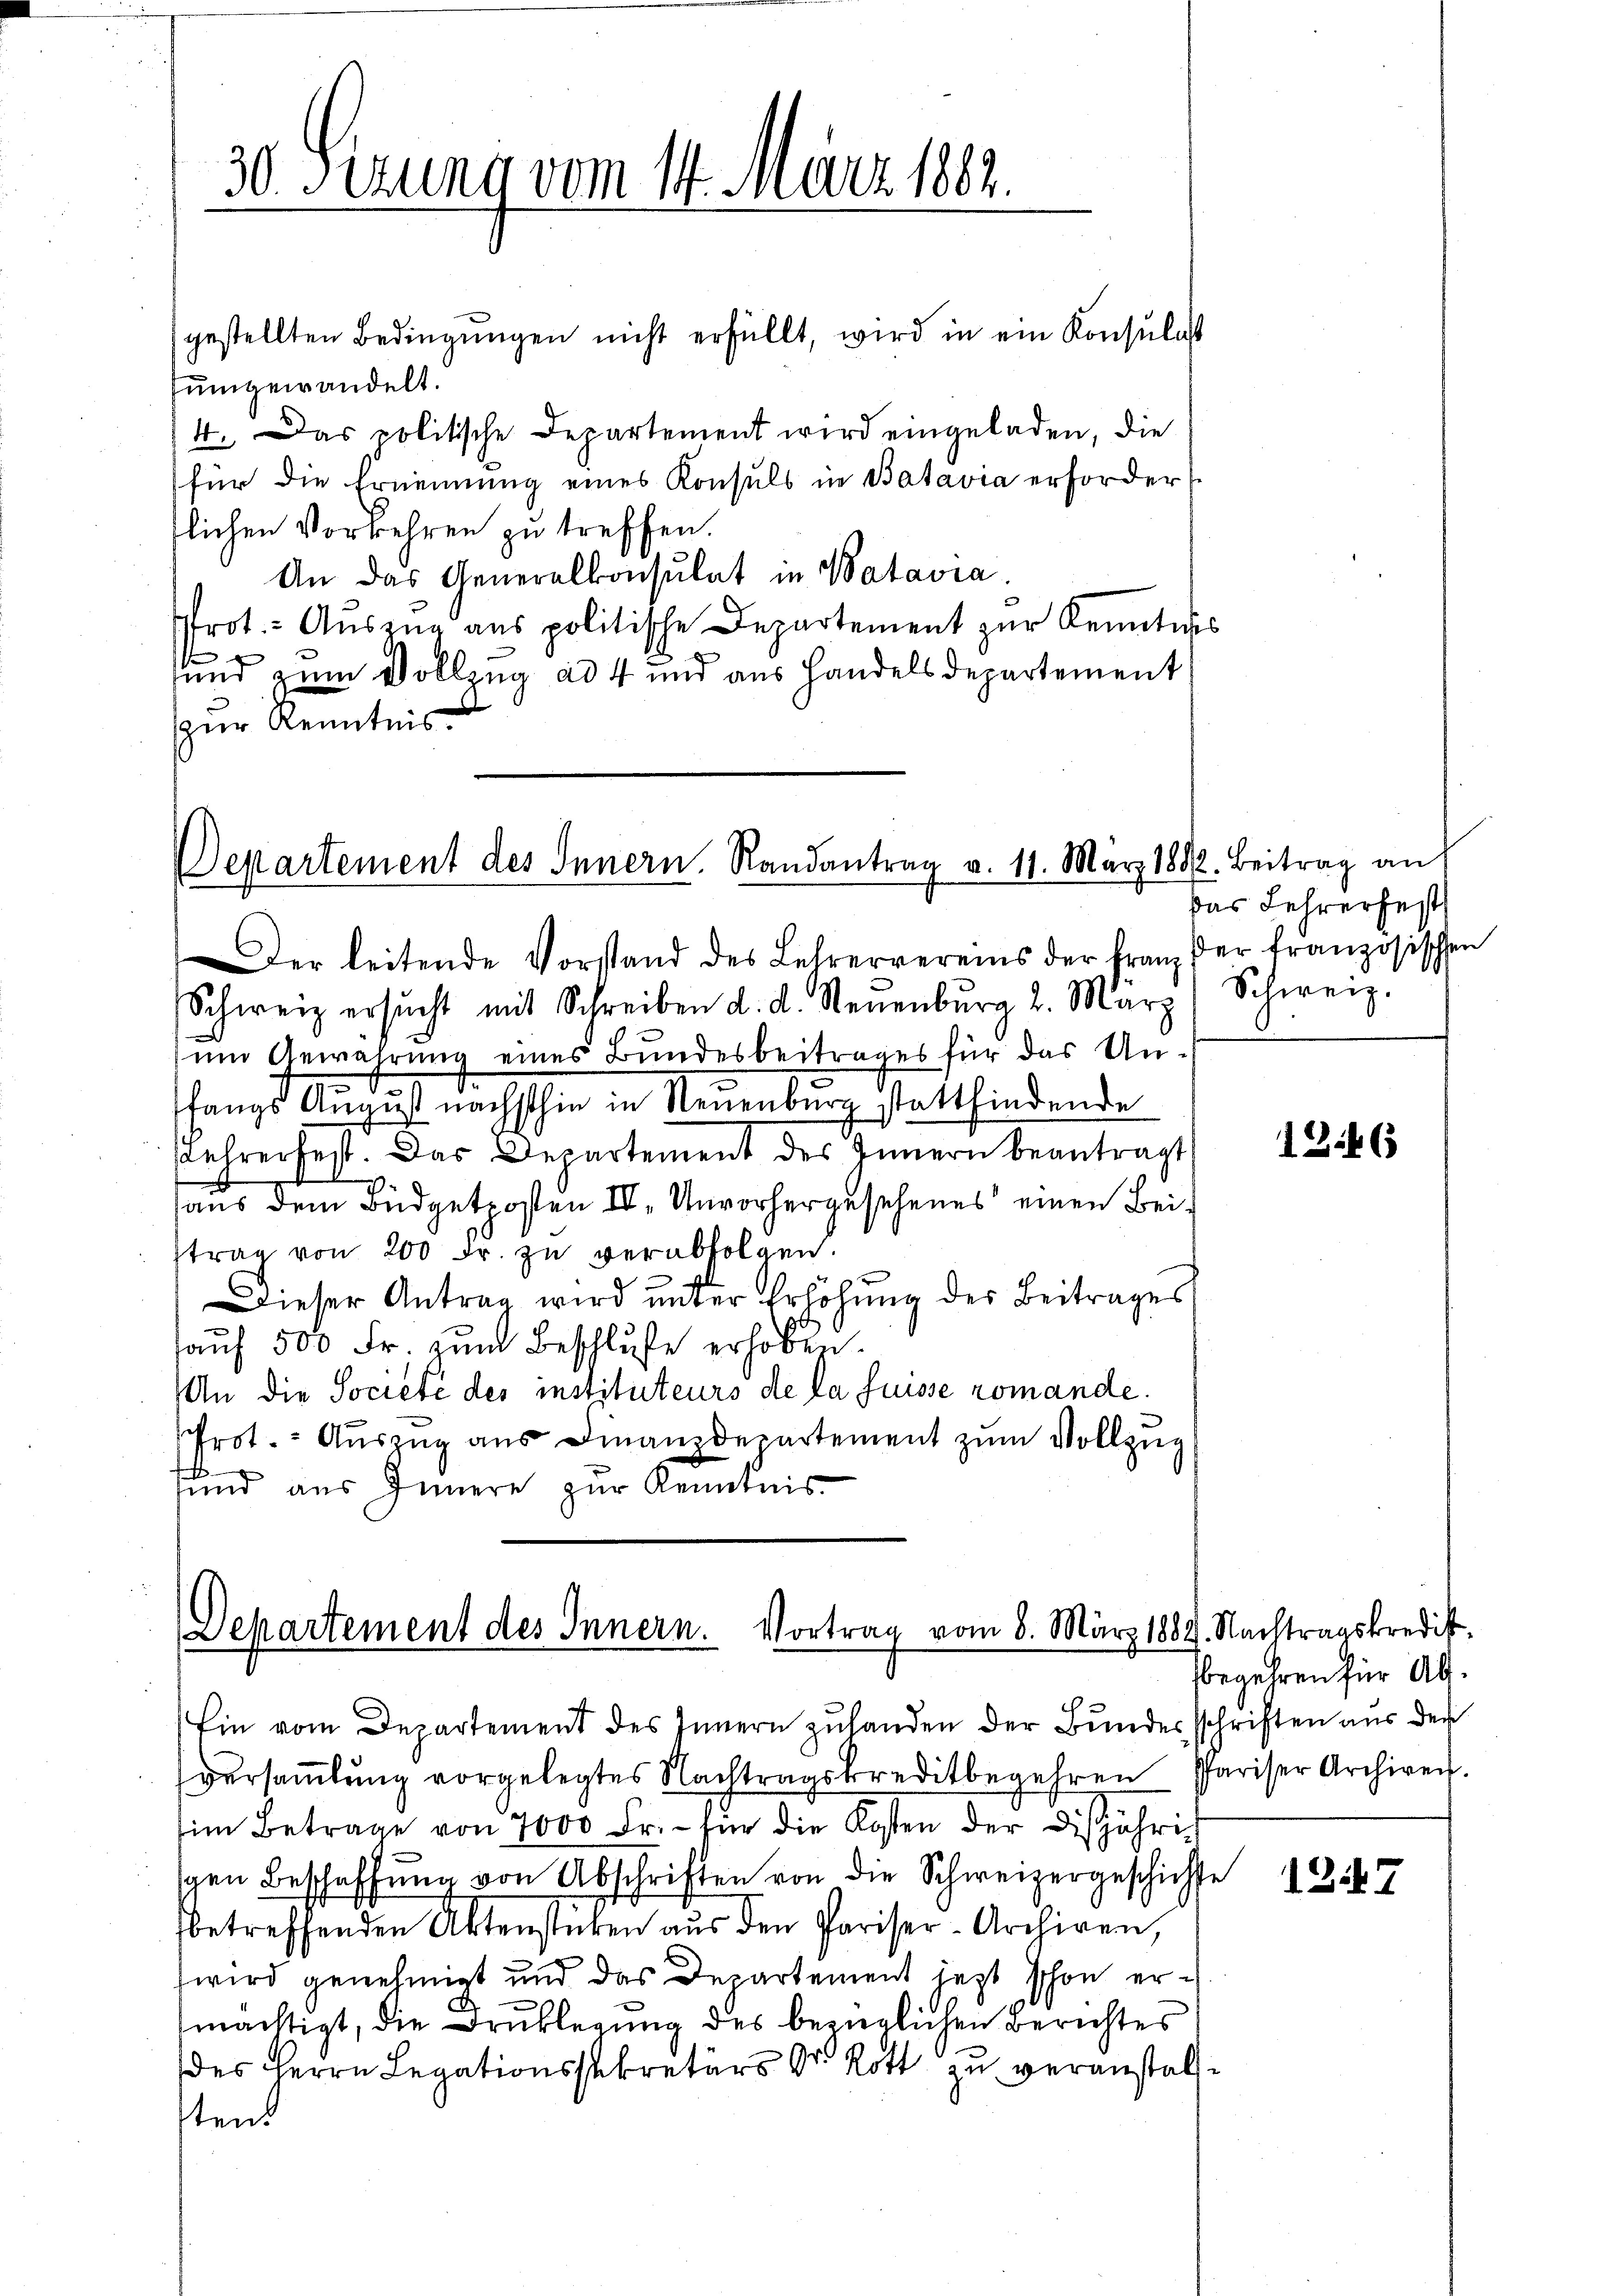
30 Sizung vom 14. März 1882.

sumgewandelt.
4. Das politische Departement wird eingeladen, die
für die Ernennung eines Konsuls in Batavia erforder
tlichen Vorkehren zu treffen.
An das Generalkonsulat in Batavia.
rot. - Auszug aus politische Departement zur Kenntnis

sund zum Vollzug ad 4 und aus Handelsdepartement
zur Kenntnis.

gestellten Bedingŭngen nicht erfüllt, wird in ein Konsulat

Departement des Innern. Randantrag v. 11. März 1882. Beitrag au

Der leitende Vorstand des Lehrervereins der Franz der französischen
Schweiz ersŭcht mit Schreiben d. d. Neuenburg 2. März
um Gewahrung eines Bundesbeitrages für das Unc
fangs August nächsthin in Neuenburg stattfindende
Lehrer fest. Das Departement des Innern beantragt
e
.
aus dem Büdgetposten III. Unvorhergesehenes einen Beitrag von 200 Fr. zu verabfolgen.
Dieser Antrag wird unter Erhöhung des Beitrages
auf 500 Fr. zum Beschluße erhoben.
An die Societé des instituteurs de la Suisse romande.
Prot. Auszug aus Finanzdepartement zum Vollzug
sund aus Innern zur Kenntnis

Departement des Innern. Vortrag vom 8. März 1889. Nachtragskredit

das Lehrer fest
Schweiz.

Ein vom Departement des Innern zulanden der Bundesschriften aus den
versammlung vorgelegtes Nachtragskreditbegehren Pariser Archiren.
im Betrage von 7000 Fr. für die Kosten der Disjährig
gen Beschaffŭng von Abschriften von die Schweizergeschichte
betreffenden Aktenstücken aus den Pariser-Archiven,
wird genehmigt und das Departement jetzt schon ermächtigt, die Drucklegung des bezüglichen Berichtes
des Herrn Legationssekretärs Dr. Rott zu veranstallten.

1246

begehren für Ab¬

1247